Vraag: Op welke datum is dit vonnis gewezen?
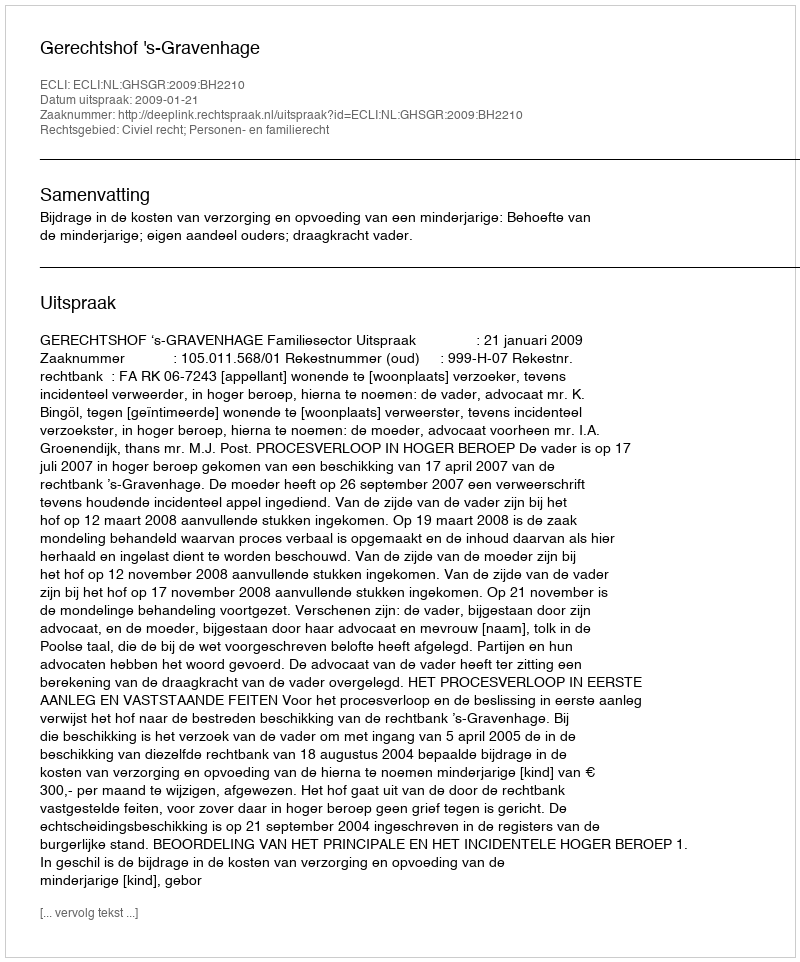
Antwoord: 2009-01-21